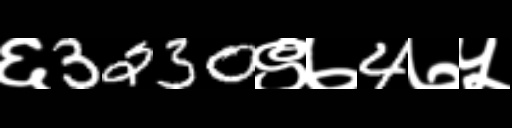
Text: ६3230९७4७५